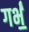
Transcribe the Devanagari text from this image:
गर्भं॒